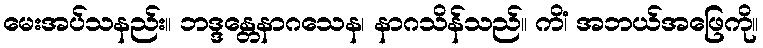
မေးအပ်သနည်း။ ဘဒ္ဒန္တေနာဂသေန၊ နာဂသိန်သည်။ ကိံ၊ အဘယ်အဖြေကို။